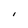
Character: I